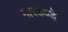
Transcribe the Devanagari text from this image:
मारकण्डे